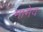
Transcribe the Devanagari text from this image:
मामेव